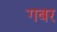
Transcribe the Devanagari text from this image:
गबर